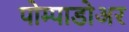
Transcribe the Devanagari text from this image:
पोम्पाडोअर